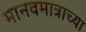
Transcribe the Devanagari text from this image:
मानवमात्राच्या